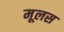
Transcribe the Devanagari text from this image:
मूलस